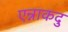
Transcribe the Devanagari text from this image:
एन्नाकदु